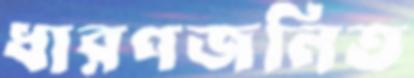
ধারণজনিত